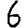
Digit: 6